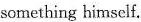
something himself.